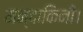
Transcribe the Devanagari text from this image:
मन्दाकिनी।